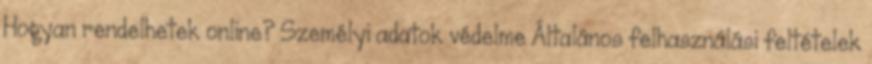
Hogyan rendelhetek online? Személyi adatok védelme Általános felhasználási feltételek